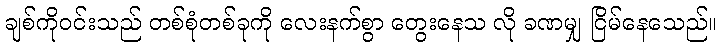
ချစ်ကိုဝင်းသည် တစ်စုံတစ်ခုကို လေးနက်စွာ တွေးနေသ လို ခဏမျှ ငြိမ်နေသေည်။